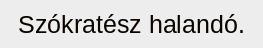
Szókratész halandó.